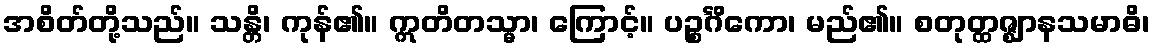
အစိတ်တို့သည်။ သန္တိ၊ ကုန်၏။ ဣတိတသ္မာ၊ ကြောင့်။ ပဉ္စင်္ဂိကော၊ မည်၏။ စတုတ္ထဇ္ဈာနသမာဓိ၊